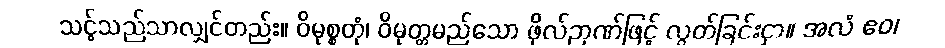
သင့်သည်သာလျှင်တည်း။ ဝိမုစ္စတုံ၊ ဝိမုတ္တမည်သော ဖိုလ်ဉာဏ်ဖြင့် လွတ်ခြင်းငှာ။ အလံ ဧဝ၊